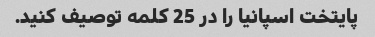
پایتخت اسپانیا را در 25 کلمه توصیف کنید.